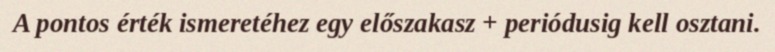
A pontos érték ismeretéhez egy előszakasz + periódusig kell osztani.